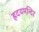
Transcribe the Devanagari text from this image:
ह्रदयमन्दिर